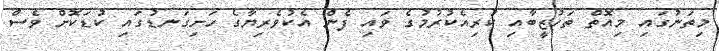
މިތަނުގައި މިއޮތް ތަހުޒީބާއި ކުރިއެކުރުމުގެ ވައި ފެން އެކުވެރިޔާގެ ހަށިގަނޑުގައި ކުޑަކޮށް ވެސް